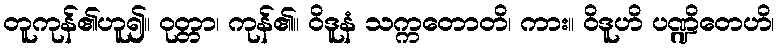
တူကုန်၏ဟူ၍။ ဝုတ္တာ၊ ကုန်၏။ ဝိဒူနံ သက္ကတောတိ၊ ကား။ ဝိဒူဟိ ပဏ္ဍိတေဟိ၊